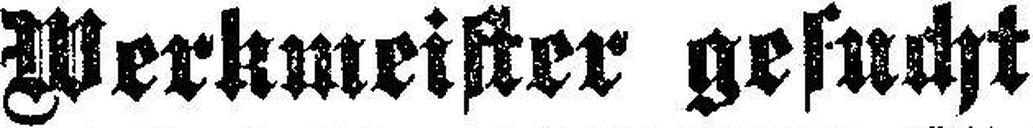
Werkmeister gesucht